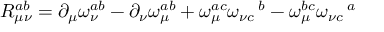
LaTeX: R _ { \mu \nu } ^ { a b } = \partial _ { \mu } \omega _ { \nu } ^ { a b } - \partial _ { \nu } \omega _ { \mu } ^ { a b } + \omega _ { \mu } ^ { a c } \omega _ { \nu c } \, ^ { b } - \omega _ { \mu } ^ { b c } \omega _ { \nu c } \, ^ { a }